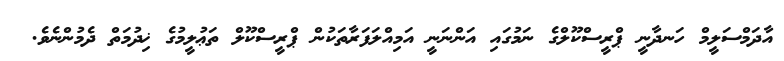
އާދަމްސަލީމް ހަނދާނީ ޕްރީސްކޫލްގެ ނަމުގައި އަންނަނީ އަމިއްލަފަރާތަކުން ޕްރީސްކޫލް ތަޢުލީމުގެ ޚިދުމަތް ދެމުންނެވެ.